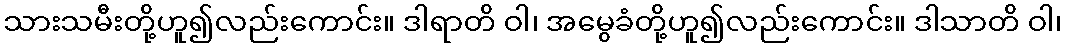
သားသမီးတို့ဟူ၍လည်းကောင်း။ ဒါရာတိ ဝါ၊ အမွေခံတို့ဟူ၍လည်းကောင်း။ ဒါသာတိ ဝါ၊